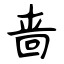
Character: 啬